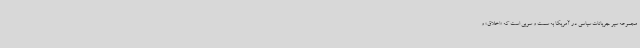
مجموعه سیر جریانات سیاسی در آمریکا به سمت و سویی است که «اخلاق» و